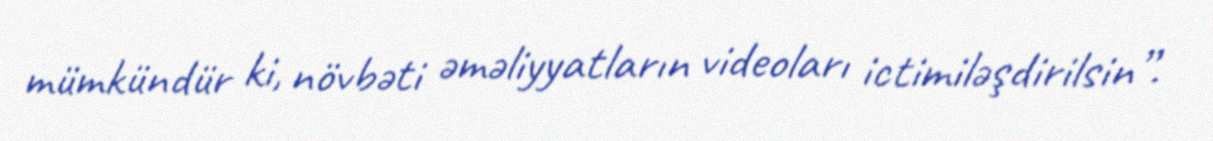
mümkündür ki, növbəti əməliyyatların videoları ictimiləşdirilsin”.